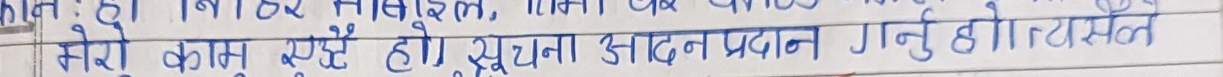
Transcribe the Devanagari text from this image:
मेरो काम त्यही हो, सूचना आदान प्रदान गर्नु हो। त्यसत